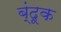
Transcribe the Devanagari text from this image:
ब्ंदूक